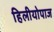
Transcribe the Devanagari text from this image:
हिलीयोपाज